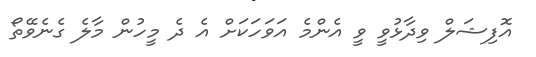
އޮފިޝަލް ވިދާޅުވީ ވީ އެންމެ އަވަހަކަށް އެ ދެ މީހުން މާލެ ގެނެވޭތޯ